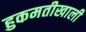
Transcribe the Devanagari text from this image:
हुकमतीखाली